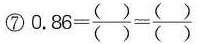
⑦$$0 . 8 6 = \frac{()}{()} = \frac{()}{()}$$